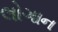
લોગાન